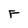
Character: F